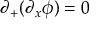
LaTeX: \partial _ { + } ( \partial _ { x } \phi ) = 0